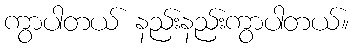
ကွာပါတယ် နည်းနည်းကွာပါတယ်။